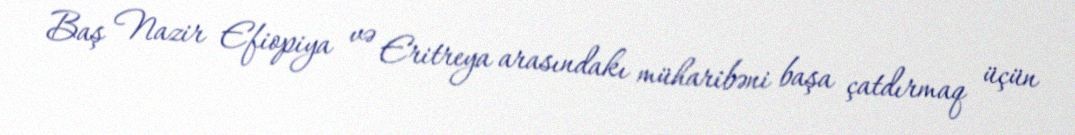
Baş Nazir Efiopiya və Eritreya arasındakı müharibəni başa çatdırmaq üçün